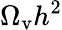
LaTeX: \Omega_{\mathrm{v}}h^{2}